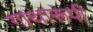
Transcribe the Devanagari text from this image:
गाथारूपी